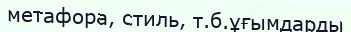
метафора, стиль, т.б.ұғымдарды